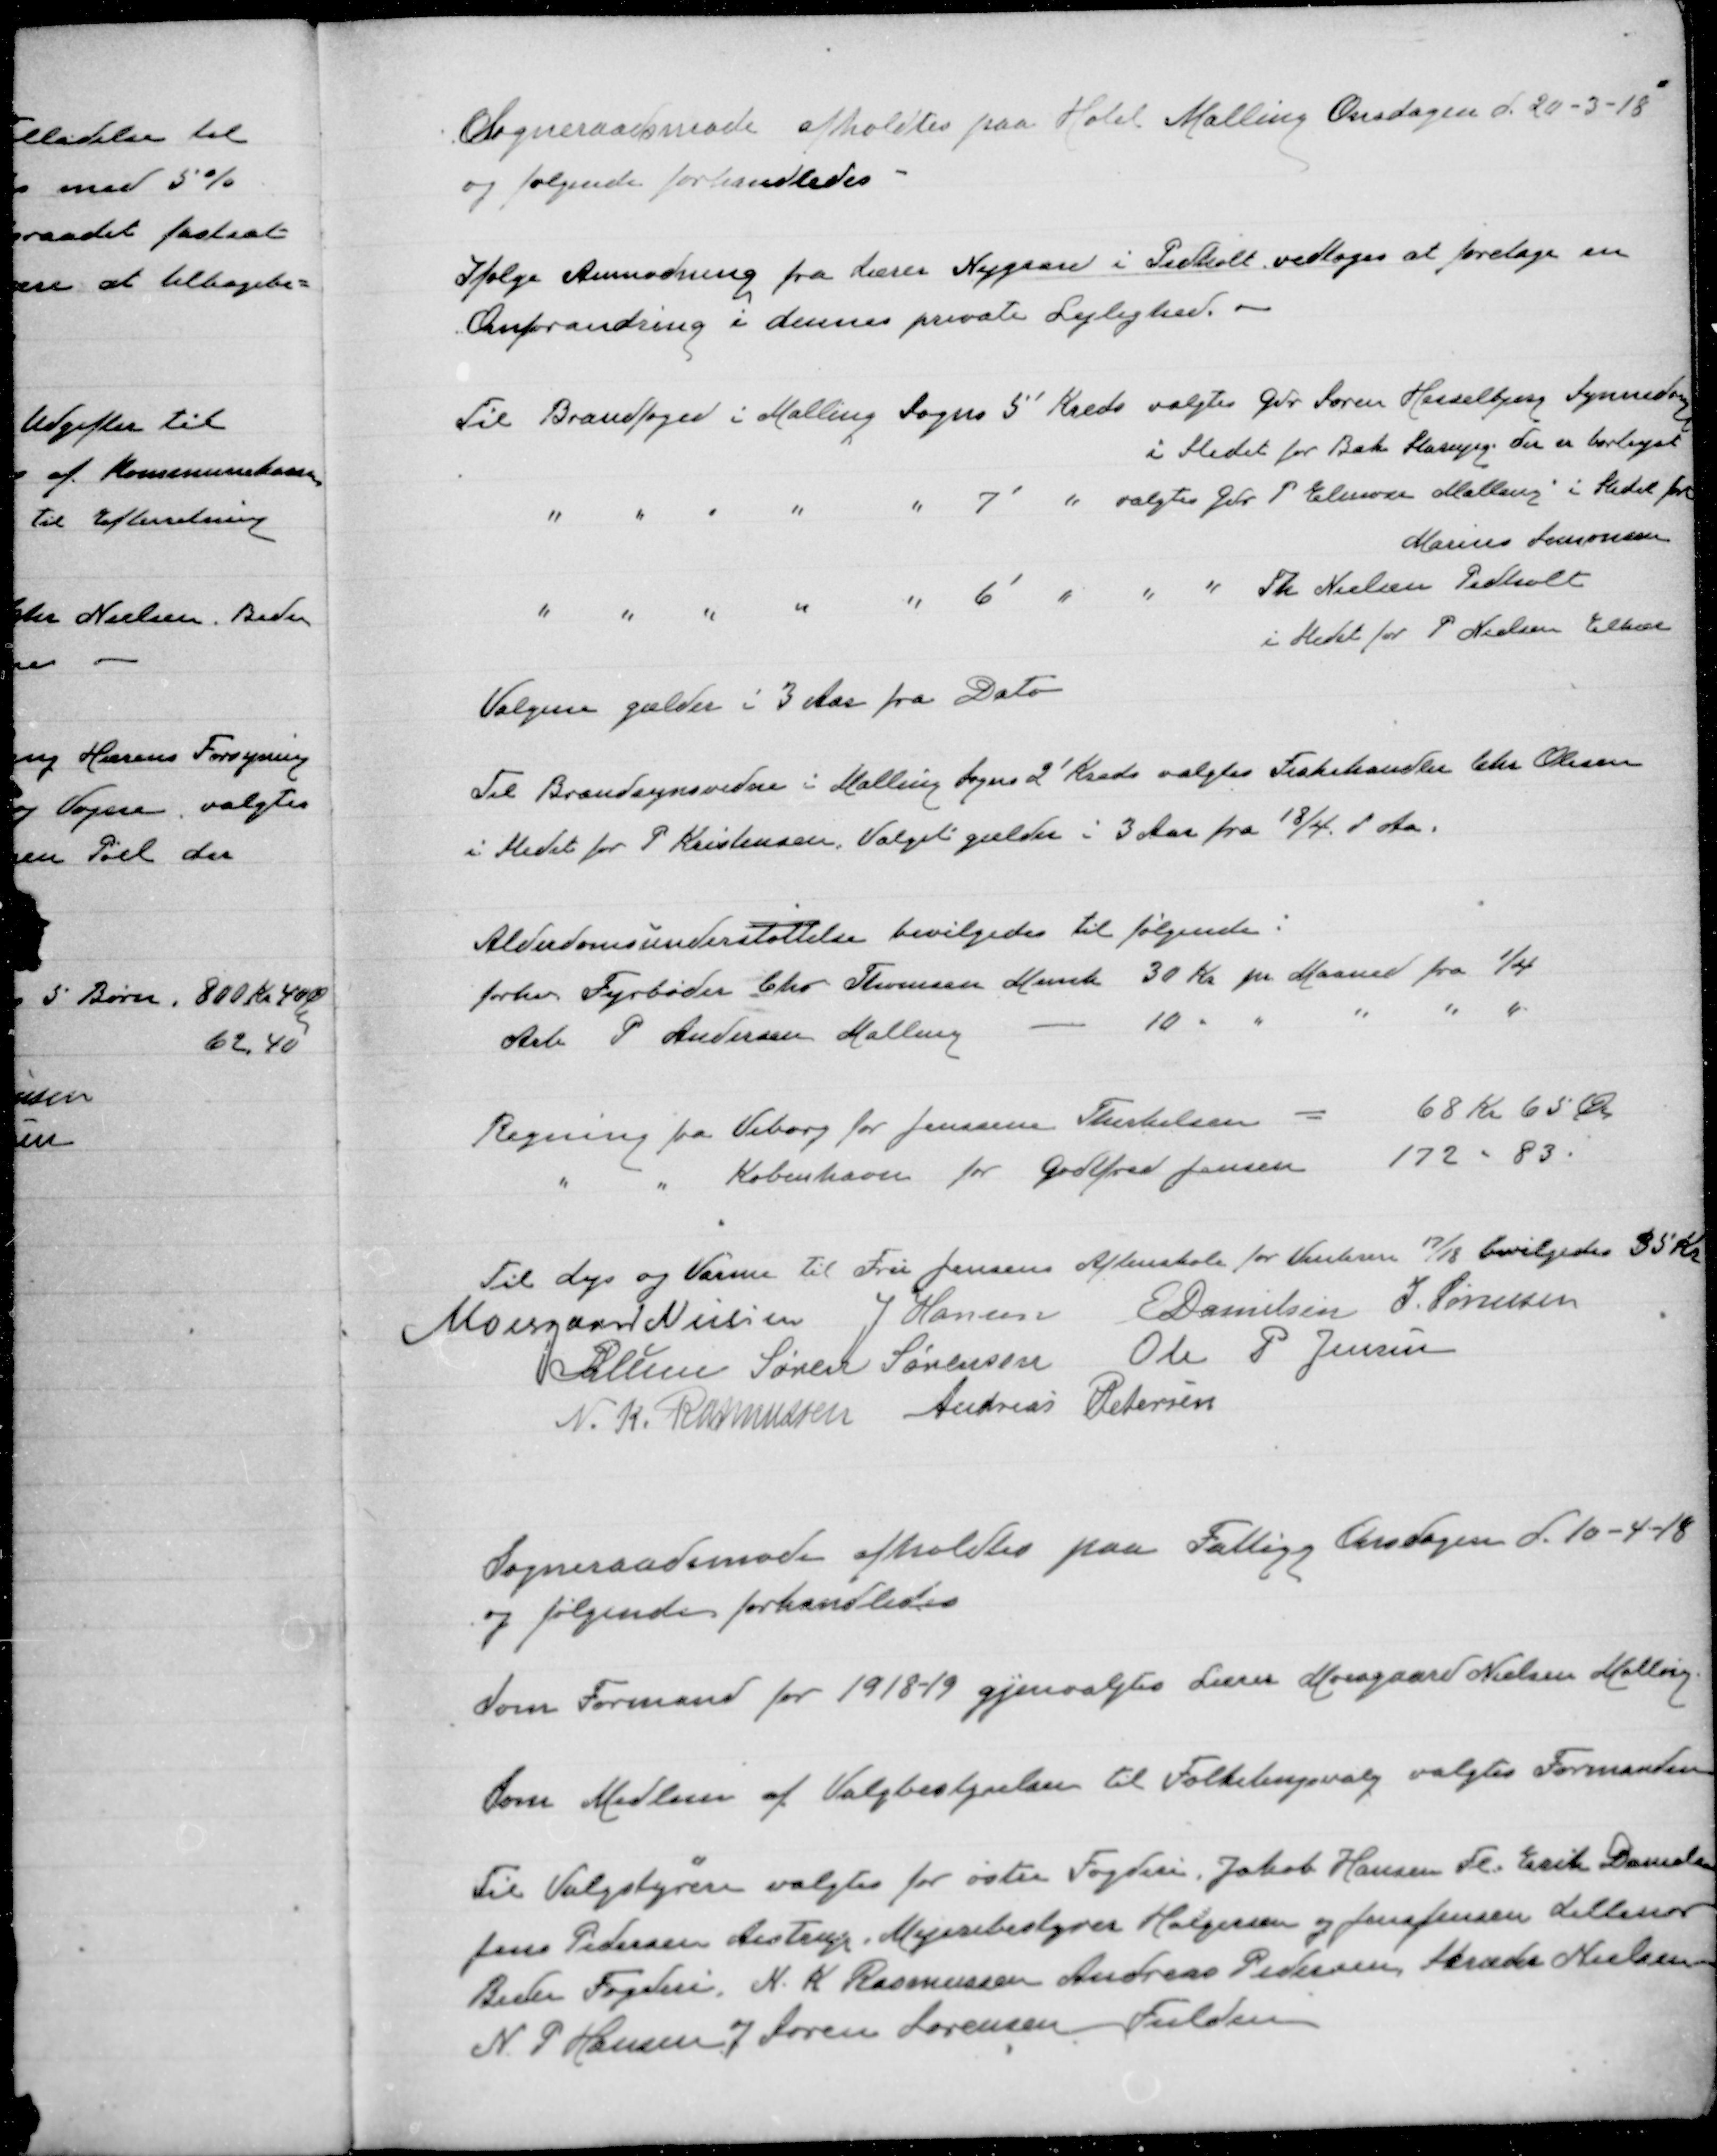
Transskription:
Sogneraadsmøde afholdtes paa Hotel Malling Onsdagen d. 20-3-18
Og følgende forhandledes

Ifølge Anmodning fra Lærer Nygaard i Pedholt vedtoges at foretage en
Omforandring i dennes private Lejlighed.

Valgene gælder i 3 Aar fra Dato

Til Brandsynsvidne i Malling Sogns 2' Kreds valgtes Fiskehandler Chr Olesen
i stedet for P Kristensen. Valget gælder i 3 Aar fra 18/4 i Aa.

Alderdomsunderstøttelse bevilgedes til følgende:
Forhv Fyrbøder Chr Thomsen Mench 30 Kr pr Maaned fra 1/4
Arb. P Andersen Malling
10 " " " " "

Regning fra Viborg for Jenssine Therkelsen = 68 Kr 65 Øre
" " København for Godtfred Jansen 172 - 83

Til Lys og varme Til Fru Jensens Aftenskole for Vinteren 17/18 bevilgedes 35 Kr
Moesgaard Nielsen
J Hansen
E Danielsen
J. Sørensen
P. Lunn
Søren Sørensen
Ole P Jensen
N.K. Rasmussen
Andreas Petersen

Sogneraadsmøde afholdtes paa Fattigg Onsdagen d. 10-4-18
og følgende forhandledes

Som Formand for 1918-19 gjenvalgtes Lærer Moesgaard Nielsen Malling

Som Medlem af Valgbestyrelsen til Folketingsvalg valgtes Formanden

Til Valgstyrere valgtes for østre Fogderi: Jakob Hansen Fl. Erik Danielsen
Jens Pedersen Aistrup. Mejeribestyrer Holgersen og Jens Jensen Lillenor
Beder Fogderi: N. K. Rasmussen Andreas Pedersen, Skræder Nielsen
N P Hansen J Søren Sørensen Fulden